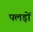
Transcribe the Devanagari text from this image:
पलड़ों